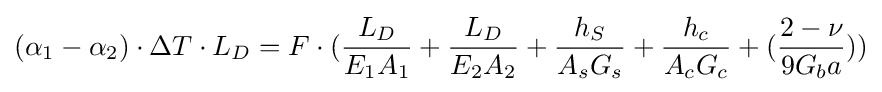
(\alpha _{1}-\alpha _{2})\cdot \Delta T\cdot L_{D}=F\cdot ({\frac {L_{D}}{E_{1}A_{1}}}+{\frac {L_{D}}{E_{2}A_{2}}}+{\frac {h_{S}}{A_{s}G_{s}}}+{\frac {h_{c}}{A_{c}G_{c}}}+({\frac {2-\nu }{9G_{b}a}}))